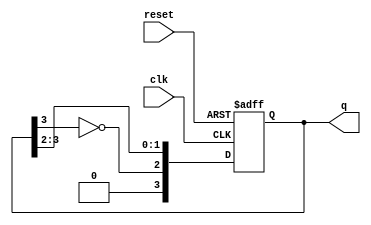
module johnson_counter #(parameter N = 4) (
    input wire clk,        // Clock signal
    input wire reset,      // Asynchronous reset signal
    output reg [N-1:0] q   // Counter output
);

// Always block for the Johnson counter operation
always @(posedge clk or posedge reset) begin
    if (reset) begin
        // Asynchronous reset: Set all flip-flops to 0
        q <= 0;
    end else begin
        // Johnson counter logic: Shift and feedback
        q <= {~q[N-1], q[N-1:N-2]}; // Shift and feed-in inverted MSB
    end
end

endmodule